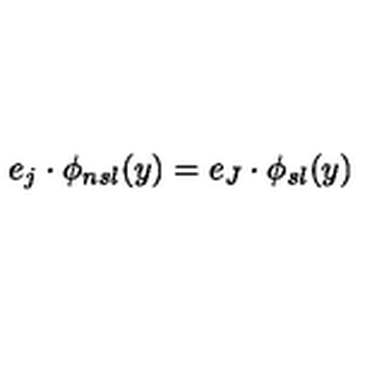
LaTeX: e _ { j } \cdot \phi _ { n s l } ( y ) = e _ { J } \cdot \phi _ { s l } ( y )